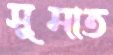
সুমাত